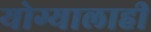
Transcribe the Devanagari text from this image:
योग्यालाही